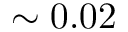
\sim 0 . 0 2 \